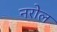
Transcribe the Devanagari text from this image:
नरोल